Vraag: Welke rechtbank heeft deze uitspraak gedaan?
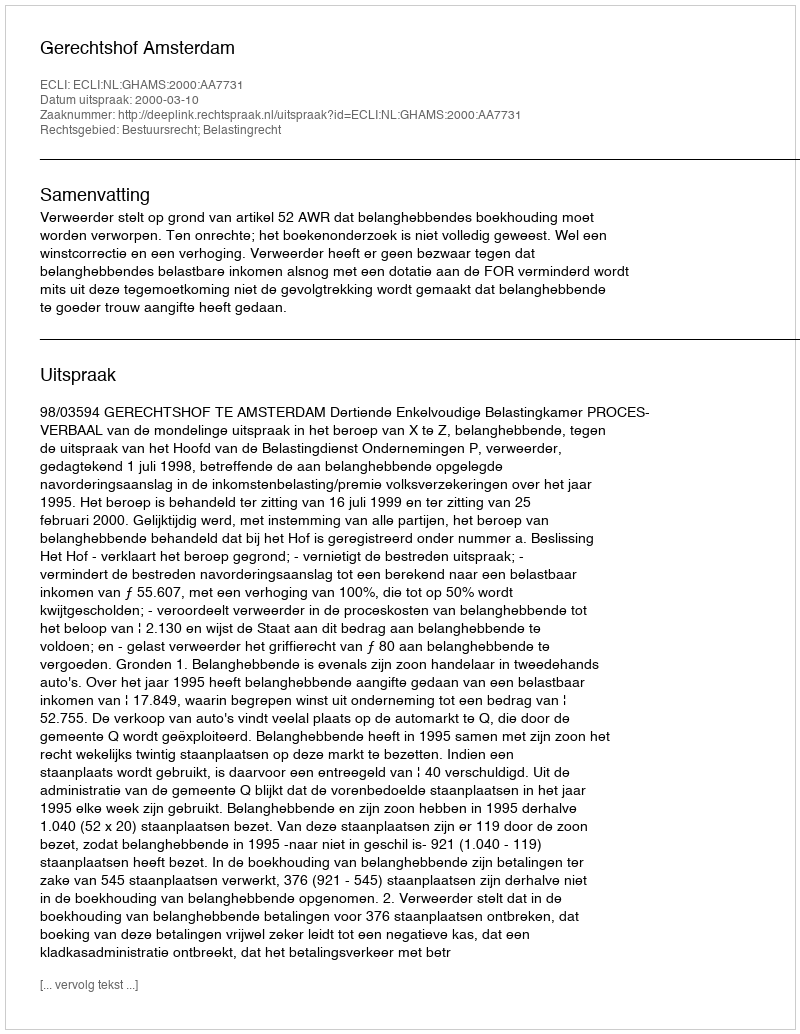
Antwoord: Gerechtshof Amsterdam